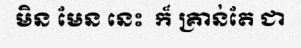
មិន មែន នេះ  ក៏ គ្រាន់តែ ជា